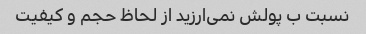
نسبت ب پولش نمی‌ارزید از لحاظ حجم و کیفیت